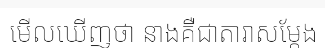
មើលឃើញថា នាងគឺជាតារាសម្តែង